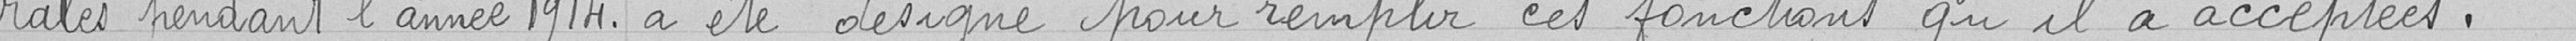
rales pendant l'année 1914.                                              a été désigné pour remplir ces fonctions qu'il a acceptées.